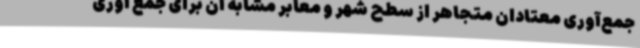
جمع‌آوری معتادان متجاهر از سطح شهر و معابر مشابه آن برای جمع آوری